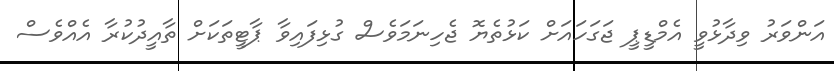
އަންވަރު ވިދާޅުވީ އެމްޑީޕީ ޖަގަހައަށް ކަޅުތެޔޮ ޖެހިނަމަވެސް ގުޅިފައިވާ ޕާޓީތަކަށް ތާއީދުކުރާ އެއްވެސް